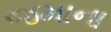
જમાના